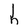
Character: h